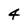
Character: 4